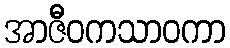
အာဇီဝကသာဝကာ